Civil Veterinary Department Bihar reports 1940-50 - 1940-1950
Year: 1940
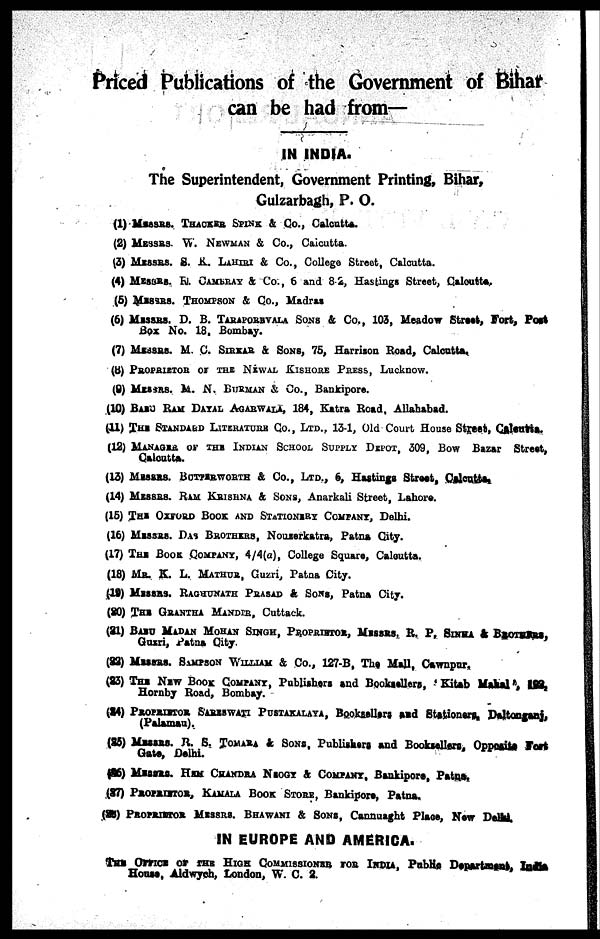
Priced Publications of the Government of Bihar
can be had from—
IN INDIA.
The Superintendent, Government Printing, Bihar,
Gulzarbagh, P. O.
(1) MESSRS. THACKER SPINK & Co., Calcutta.
(2) MESSRS W. NEWMAN & Co., Calcutta.
(3) MESSRS. S. R. LAHIRI & Co., College Street, Calcutta.
(4) MESSRS. R. CAMBRAY A Co., 6 and 8 2, Hastings Street, Calcutta,
(5) MESSRS. THOMPSON & Co., Madras
(6) MESSRS. D. B. TARAPOREVALA SOUS & Co., 103, Meadow Street, Fort, Post
Box No. 18. Bombay.
(7) MESSRS. M. C. SIRNAR & SONS,75, Harrison Road, Calcutta.
(8) PROPRIETOR OR THE NEWAL KISHORE PRESS, Lucknow.
(9) MESSRS. M. N. BURMAN & Co., Bankipore.
(10) BABU BAM DAYAL AGARWALA, 184, Katra Road, Allahabad.
(11) THE STANDARD LITERATURE CO., LTD.. 13-1, Old Court House Street, Calcutta.
(12) MANAGER OF THE INDIAN SCHOOL SUPPLY DEPOT, 309, Bow Bazar Street,
Calcutta.
(13) MESSRS. BOTTERWORTH & CO., LTD., 6, Hastings Street, Calcutta.
(14) MESSRS. RAM KRISHNA & SONS, Anarkali Street, Lahore.
(15) THE OXFORD BOOK AND STATIONERY COMPANY, Delhi.
(16) MESSRS. DAS BROTHERS, Nouserkatra, Patna City.
(17) THE BOOK COMPANY,4/4(a), College Square, Calcutts.
(18) MR. K. L. MATHUR, GUZRI,Patna City.
(19) MESSRS. RAGHUNATH PRASAD & SONS, Patna City.
(20) THE GRANTHA MANDIR,Cuttack.
(21) BABU MADAN MOHAN SINGH, PROPRIETOR, MESSRS. R. P, SINMA & BROTHERS,
Guzri, Patna City-
(22) MESSRS. SAMPSON WILLIAM & Co., 127-B, The Mall, Cawnpur.
(23) THE NEW BOOK COMPANY, Publishers and Booksellers, Kitab Mahal
Hornby Road, Bombay.
(24) PROPRIETOR SARESWATI PUSTAKALAYA,Booksellers and Stationers, Daltonganj,
(Palamau).
(25) MESSRS. R. S. TOMARA & SONS, Publishers and Booksellers. Opposite Fort
Gate,
Delhi.
(26) MESSERS. HKM CHANDRA NEOGY & COMPANY, Bankipore, Patna.
(27) PROPRIETOR, KAMALA BOOK STORE, Bankipora, Patna,
(28) PROPRIETOR MESSRS. BHAWANI & SONS, Cannuaght Place, Naw Delhi
IN EUROPE AND AMERICA.
THE Office of The HIGH COMMISSIONER FOR INDIA, Public Department, lndia
House, Aldwyeh, London, W. C. 2.